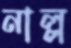
নাল্ল